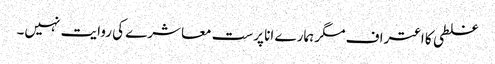
غلطی کا اعتراف مگر ہمارے انا پرست معاشرے کی روایت نہیں۔